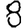
Digit: 8